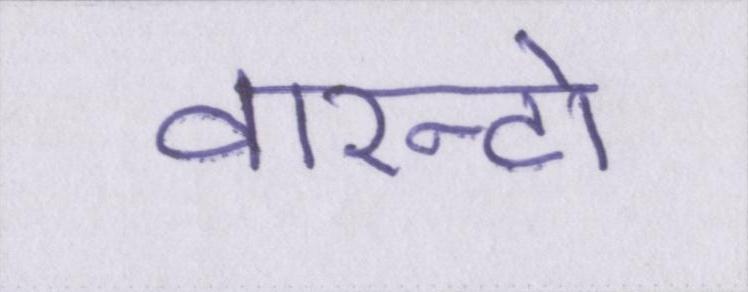
वारन्टो